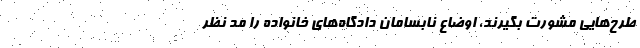
طرح‌هایی مشورت بگیرند، اوضاع نابسامان دادگاه‌های خانواده را مد نظر